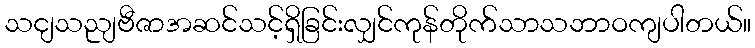
သငျသညျဗီဇာအဆင်သင့်ရှိခြင်းလျှင်ကုန်တိုက်သာသဘာဝကျပါတယ်။